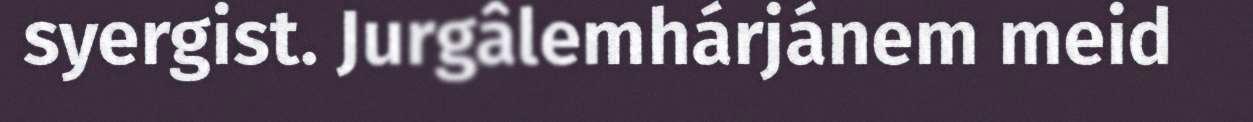
syergist. Jurgâlemhárjánem meid